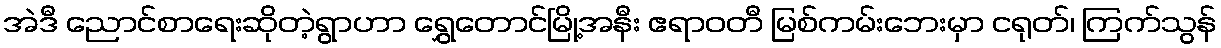
အဲဒီ ညောင်စာရေးဆိုတဲ့ရွာဟာ ရွှေတောင်မြို့အနီး ဧရာဝတီ မြစ်ကမ်းဘေးမှာ ငရုတ်၊ ကြက်သွန်